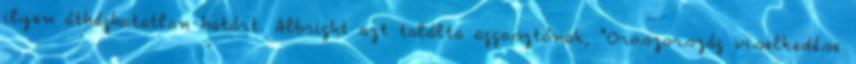
ilyen áthághatatlan határt. Albright azt találta aggasztónak, "Oroszország viselkedése